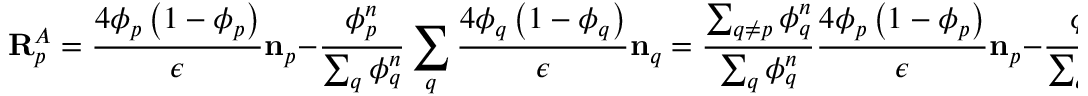
\mathbf { R } _ { p } ^ { A } = \frac { 4 \phi _ { p } \left( 1 - \phi _ { p } \right) } { \epsilon } \mathbf { n } _ { p } - \frac { \phi _ { p } ^ { n } } { \sum _ { q } \phi _ { q } ^ { n } } \sum _ { q } \frac { 4 \phi _ { q } \left( 1 - \phi _ { q } \right) } { \epsilon } \mathbf { n } _ { q } = \frac { \sum _ { q \neq p } \phi _ { q } ^ { n } } { \sum _ { q } \phi _ { q } ^ { n } } \frac { 4 \phi _ { p } \left( 1 - \phi _ { p } \right) } { \epsilon } \mathbf { n } _ { p } - \frac { \phi _ { p } ^ { n } } { \sum _ { q } \phi _ { q } ^ { n } } \sum _ { q \neq p } \frac { 4 \phi _ { q } \left( 1 - \phi _ { q } \right) } { \epsilon } \mathbf { n } _ { q } .